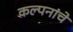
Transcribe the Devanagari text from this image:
कल्‍पनांचे